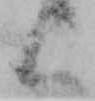
候